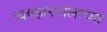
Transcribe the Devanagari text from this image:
व्यवहारतोलाच्या